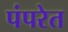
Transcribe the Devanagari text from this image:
पंपरेत